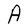
Character: A